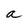
Character: a